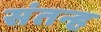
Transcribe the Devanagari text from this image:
संतन्ह